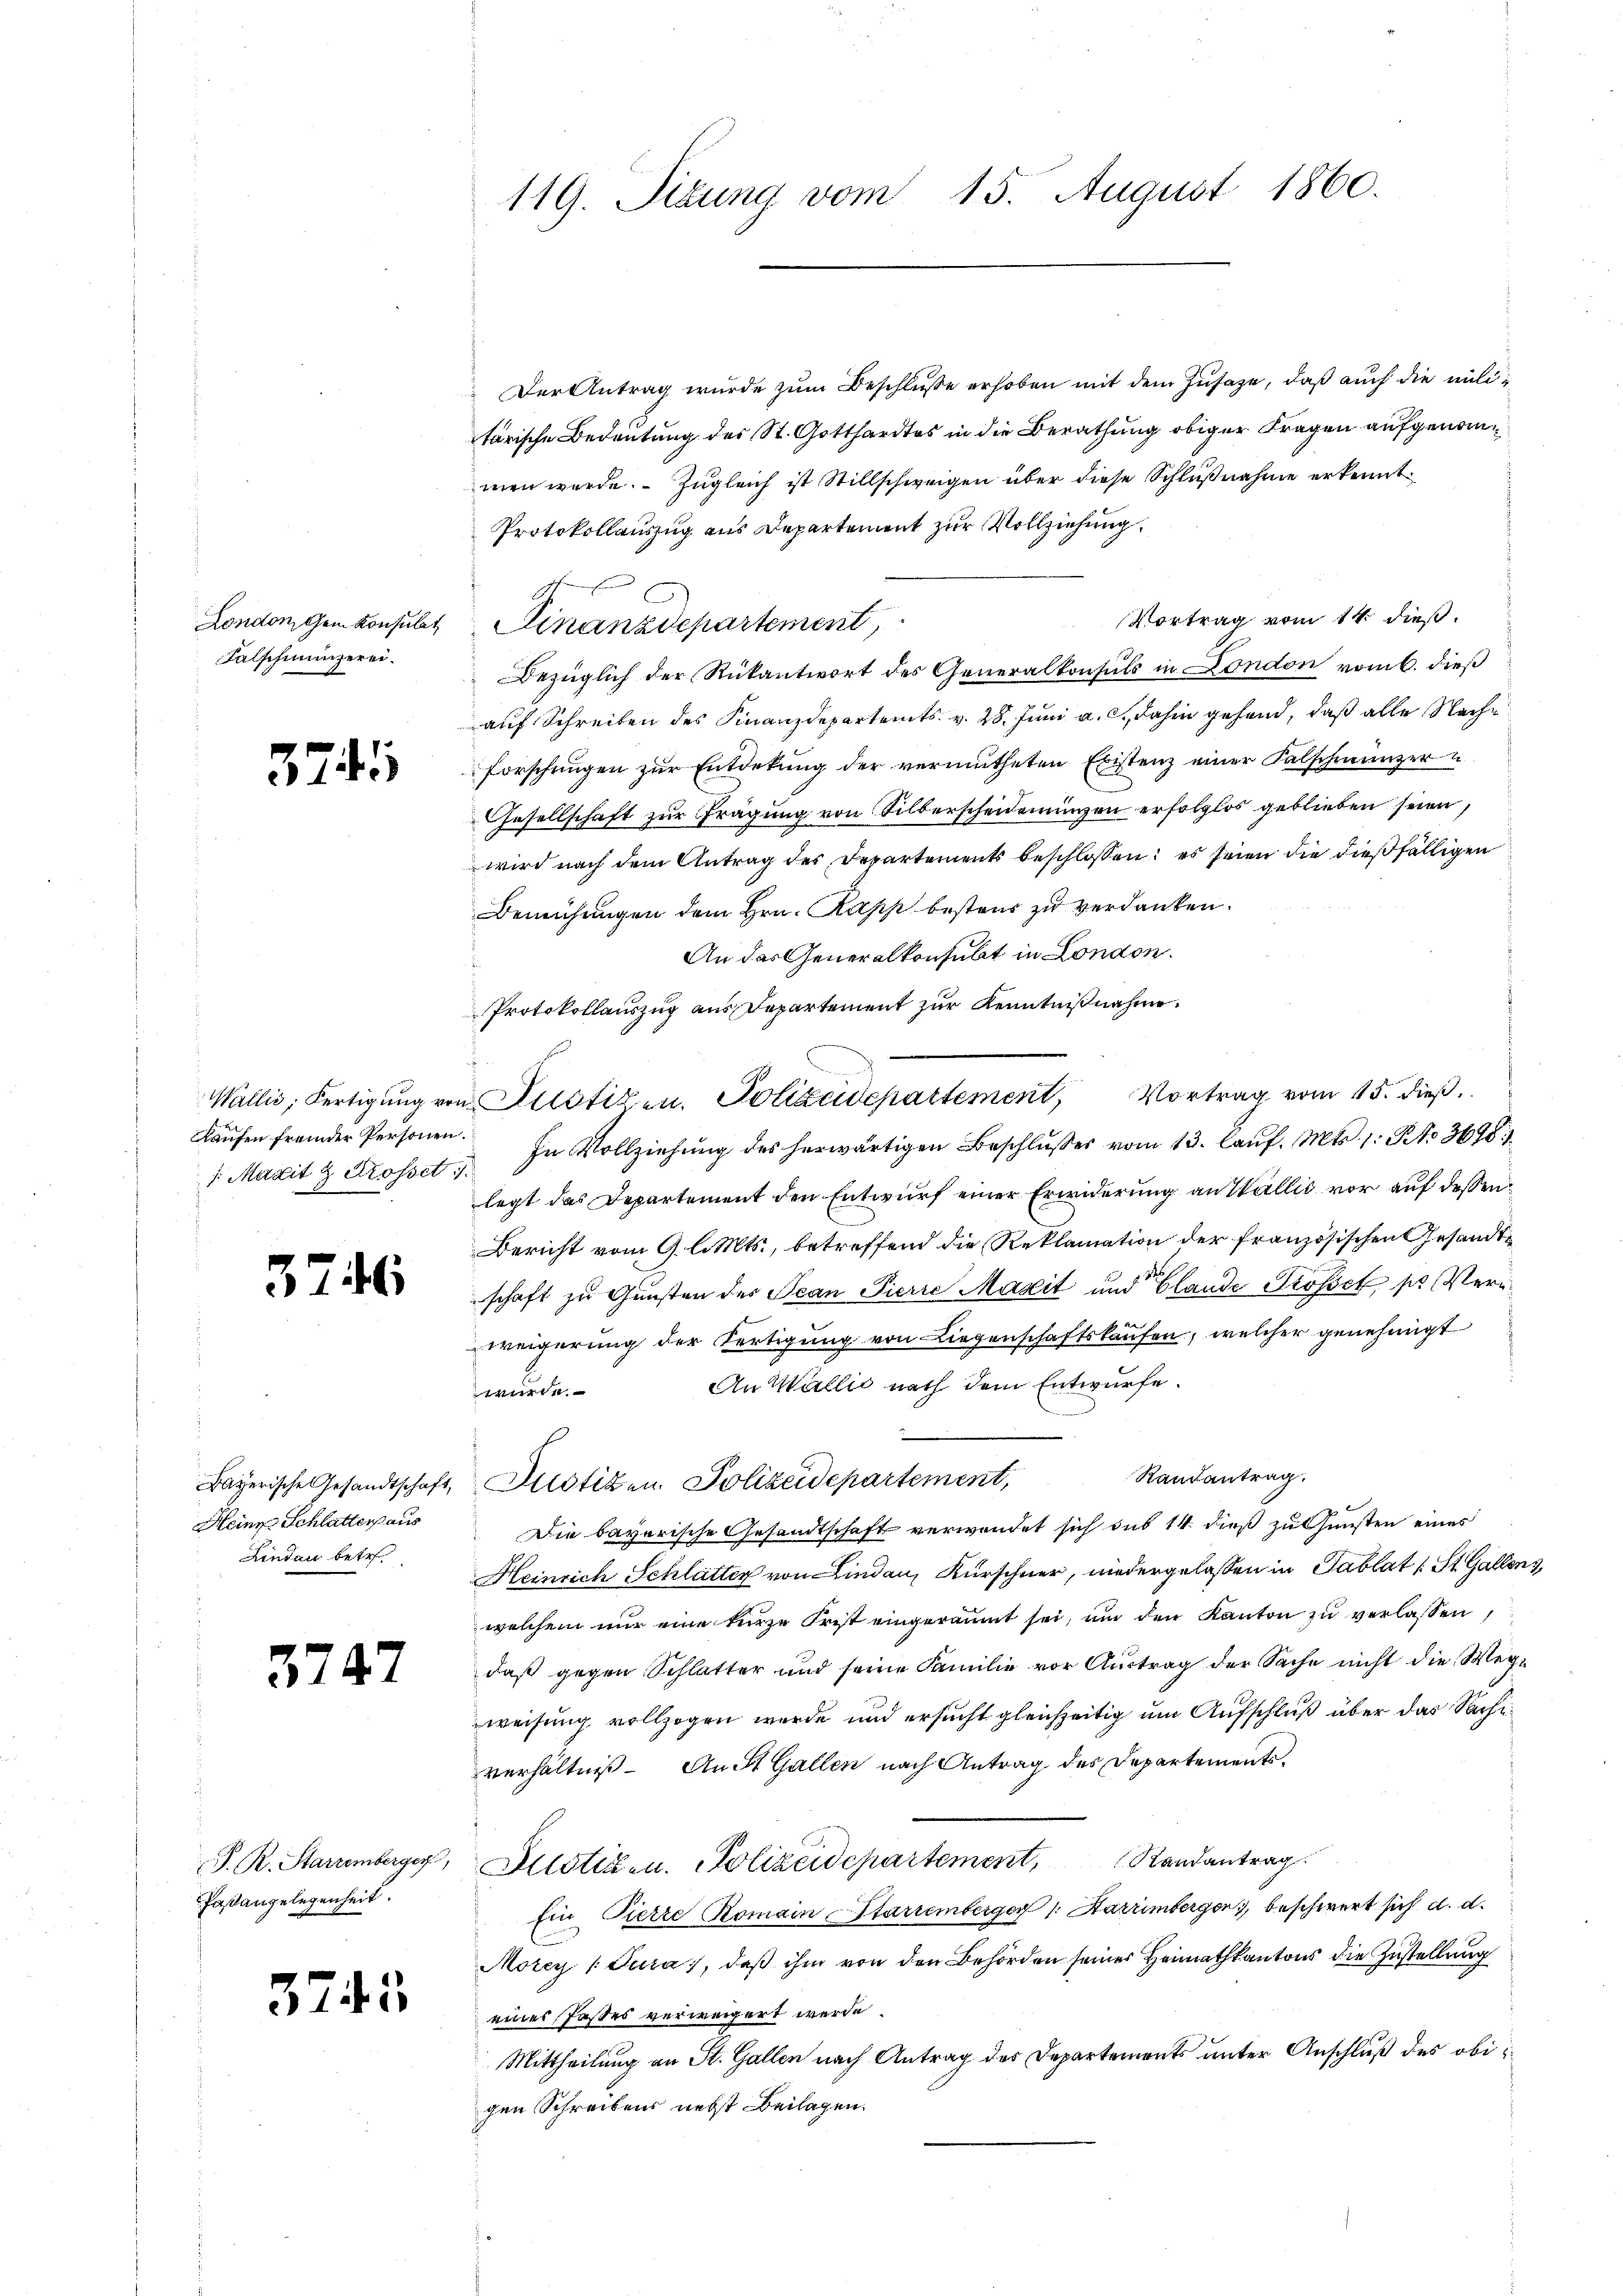
London, dem Konsulat
Falschmunzerei.

3745

Kaufen fremder Personen.

3

6

Bayerische Gesandtschaft,
Heine Schlattens aus
Lindau betr.

3747

Paßangelegenheit.

3743

Der Antrag wurde zŭm Beschlŭsse erhoben mit dem Zusage, daß auch die militärische Bedeutung des St. Gotthardtes in die Berathung obiger Fragen aufgenommen werde. Zugleich ist Stillschweigen über diese Schlußnahme erkennt:
Protokollauszug aus Departement zur Vollziehung.
Vortrag vom 14. dieß.
Finanzdepartement,
Bezüglich der Rükantwort des Generalkonsuls in London vom 6. dieß
auf Schreiben des Finanzdepartemts. v. 28. Juni a. c., dahin gehend, daß alle Nache
forschungen zŭr Entdekŭng der vermutheten Existenz einer Falschmunzer
Gesellschaft zur Frägung von Silberscheidenungen erfolglos geblieben seien,
wird nach dem Antrag des Departements beschlossen: es seien die dießfälligen
Bemühungen dem Hrn. Papp bestens zu verdanken.
An das Generalkonsubt in London.
Protokollauszug aus Departement zur Kenntnißnahme
1. Maxit & Krosset. In Vollziehŭng des herwärtigen Beschlŭsses vom 13. laŭf. Mts. 1: Kt. 3678.
legt das Departement den Entwurf einer Erwiderung an Wallis vor auf dessen
Bericht vom 9. l. Mts., betreffend die Reklamation der französischen Gesandtschaft zu Gunsten des Jean Pierre Maxit und Glande Grosset pr Ver¬
 be
weigerung der Fertigung von Liegenschaftskaufen, welcher genehmigt
An Wallis nach dem Entwurfe.
wurde.
Randantrag.
Justizen. Polizeidepartement,
Die bayerische Gesandtschaft verwendet sich sub 14 dieß zu Gunsten eines
Heinrich Schlätter von Lindau, Kürschner, niedergelassen in Tablat (St. Gallen,
welchem nur eine kurze Frist eingeräumt sei, um den Kanton zu verlassen,
daß gegen Schlatter und seine Familie vor Austrag der Sache nicht die Wege
weisung vollzogen wurde und ersucht gleichzeitig um Aufschluß über das Sache
verhältniß. An St. Gallen nach Antrag des Departements,
P. R. Starzemberger, Altstiz- u. Polizeidepartement, Randantrag.
Ein Pierre Romain-Starremberger (: Harrimbergen, beschwert sich d. d.
Morey Tura, daβ ihm von den Behörden seiner Heimathkantons die Zustellung
eines Pastes verweigert werde
Mittheilung an St. Gallen nach Antrag des Departements unter Anschluß des obigen Schreibens nebst Beilagen.

119. Sibung vom 15. August 1860.

Wallis, Fertigung von Fristiken. Polizeidepartement, Vortrag vom 15. dieß.